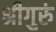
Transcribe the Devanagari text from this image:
श्रीगुरुं